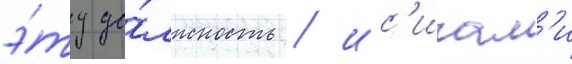
э́ту до́лжность / ис'игам'и